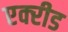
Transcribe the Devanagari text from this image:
एक्‍रीड